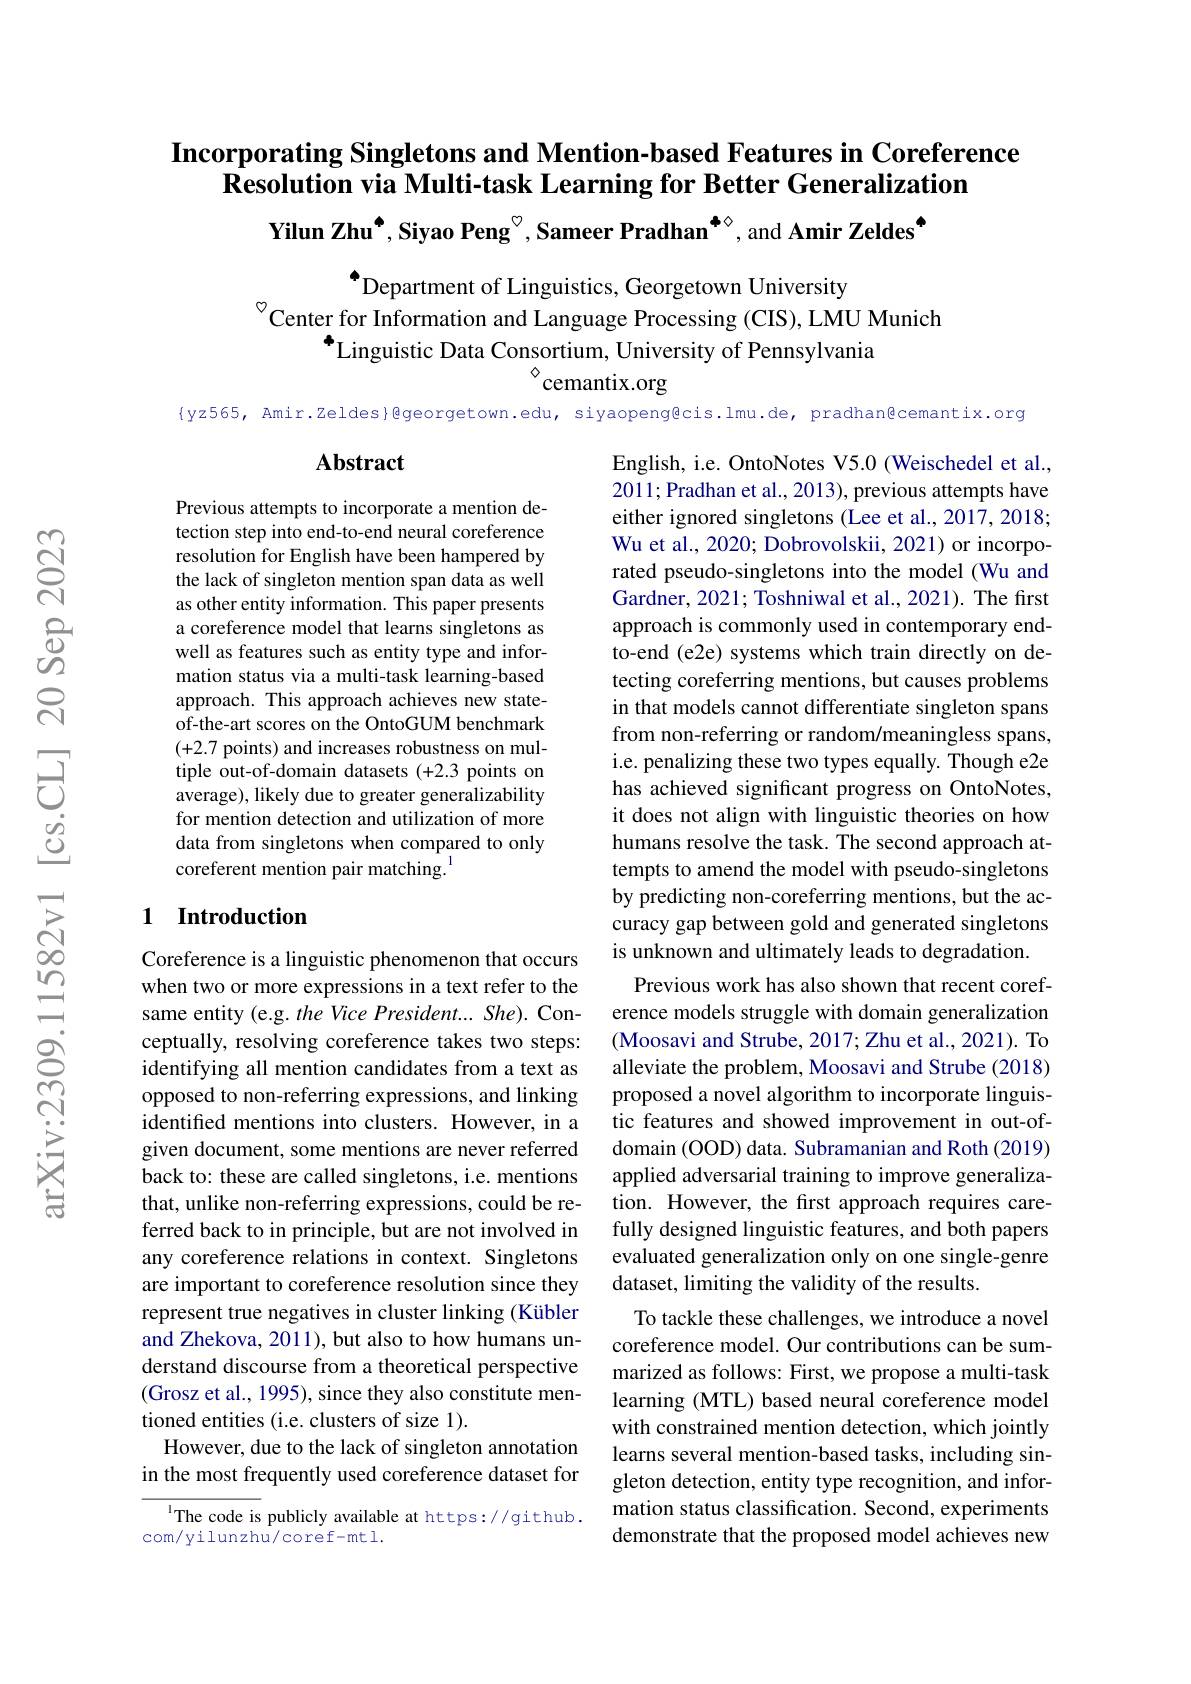
## Incorporating Singletons and Mention-based Features in Coreference Resolution via Multi-task Learning for Better Generalization Yilun Zhu$^{\bullet}$, Siyao Peng$^{\circ}$, Sameer Pradhan$^{\bullet\diamond}$, and Amir Zeldes$^{\bullet}$

$^{\bullet}$Department of Linguistics, Georgetown University
$^{\circ}$Center for Information and Language Processing (CIS), LMU Munich
$^{+}$Linguistic Data Consortium, University of Pennsylvania
$\diamond$cemantix.org

{yz565, Amir.Zeldes}@georgetown.edu, siyaopeng@cis.lmu.de, pradhan@cemantix.org

## $\mathbf{Abstract}$

Previous attempts to incorporate a mention detection step into end-to-end neural coreference resolution for English have been hampered by the lack of singleton mention span data as well as other entity information. This paper presents a coreference model that learns singletons as well as features such as entity type and information status via a multi-task learning-based approach. This approach achieves new stateof-the-art scores on the OntoGUM benchmark (+2.7 points) and increases robustness on multiple out-of-domain datasets (+2.3 points on average), likely due to greater generalizability for mention detection and utilization of more data from singletons when compared to only coreferent mention pair matching.$^{[\mathrm{coreferent~mention~pair~matching.}]}$

## 1 Introduction

English, i.e. OntoNotes V5.0 (Weischedel et al., 2011; Pradhan et al., 2013), previous attempts have either ignored singletons (Lee et al., 2017, 2018; Wu et al., 2020; Dobrovolskii, 2021) or incorporated pseudo-singletons into the model (Wu and Gardner, 2021; Toshniwal et al., 2021). The frst approach is commonly used in contemporary endto-end (e2e) systems which train directly on detecting coreferring mentions, but causes problems in that models cannot differentiate singleton spans from non-referring or random/meaningless spans, i.e. penalizing these two types equally. Though e2e has achieved significant progress on OntoNotes, it does not align with linguistic theories on how humans resolve the task. The second approach attempts to amend the model with pseudo-singletons by predicting non-coreferring mentions, but the accuracy gap between gold and generated singletons is unknown and ultimately leads to degradation. Previous work has also shown that recent coreference models struggle with domain generalization (Moosavi and Strube, 2017; Zhu et al., 2021). {To}\:(0),\:{To}\:(0),\:{To}\:(0),\:{To}\:(0),\:{To}\:(0),\:{To}\:(0),\:{To}\:(0),\:{To}\:(0),\:{To}\:(0),\:{To}\:(0),\:{To}\:{To}\:(0),\:{To}\:(0),\:{To}\:(0),\:{To}\:(0),\:{To}\:(0),\:{To}\:(0),\:{To}\:(0),\:{To}\:(0),\:{To}\:(0),\:{To},\:{To}\: alleviate the problem, Moosavi and Strube (2018) proposed a novel algorithm to incorporate linguistic features and showed improvement in out-ofdomain (OOD) data. Subramanian and Roth (2019) applied adversarial training to improve generalization. However, the first approach requires carefully designed linguistic features, and both papers evaluated generalization only on one single-genre dataset, limiting the validity of the results.
To tackle these challenges, we introduce a novel coreference model. Our contributions can be summarized as follows: First, we propose a multi-task learning (MTL) based neural coreference model with constrained mention detection, which jointly learns several mention-based tasks, including singleton detection, entity type recognition, and information status classification. Second, experiments demonstrate that the proposed model achieves new

Coreference is a linguistic phenomenon that occurs when two or more expressions in a text refer to the same entity (e.g. the Vice President...She). Conceptually, resolving coreference takes two steps: identifying all mention candidates from a text as opposed to non-referring expressions, and linking identified mentions into clusters. However, in a given document, some mentions are never referred back to: these are called singletons, i.e. mentions that, unlike non-referring expressions, could be referred back to in principle, but are not involved in any coreference relations in context. Singletons are important to coreference resolution since they represent true negatives in cluster linking (Kübler and Zhekova, 2011), but also to how humans understand discourse from a theoretical perspective (Grosz et al., 1995), since they also constitute mentioned entities (i.e. clusters of size 1).
However, due to the lack of singleton annotation in the most frequently used coreference dataset for

The code is publicly available at https://github.
com/yilunzhu/coref-mtl.